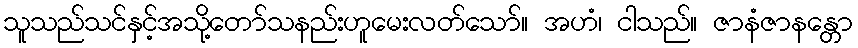
သူသည်သင်နှင့်အသို့တော်သနည်းဟူမေးလတ်သော်။ အဟံ၊ ငါသည်။ ဇာနံဇာနန္တော